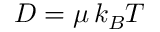
D = { \mu \, k _ { B } T }